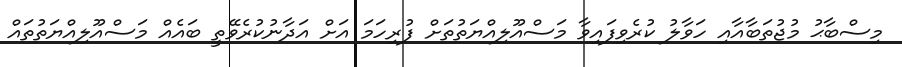
މިސްބާޙު މުޖުތަބާއާއި ހަވާލު ކުރެވިފައިވާ މަސްއޫލިއްޔަތުތަށް ފުރިހަމަ އަށް އަދާނުކުރެވޭތީ ބައެއް މަސްއޫލިއްޔަތުތައް